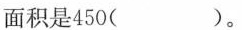
面积是450( )。